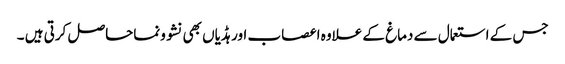
جس کے استعمال سے دماغ کے علاوہ اعصاب اور ہڈیاں بھی نشوونماحاصل کرتی ہیں ۔